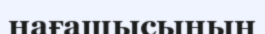
нағашысының